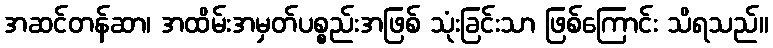
အဆင်တန်ဆာ၊ အထိမ်းအမှတ်ပစ္စည်းအဖြစ် သုံးခြင်းသာ ဖြစ်ကြောင်း သိရသည်။